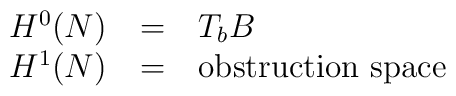
\begin{tabular}{ccl}$H^0(N)$ & $=$ & $T_bB$ \\$H^1(N)$ & $=$ & obstruction space  \end{tabular}